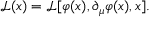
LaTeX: { \mathcal { L } } ( x ) = { \mathcal { L } } [ \varphi ( x ) , \partial _ { \mu } \varphi ( x ) , x ] .